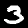
Label: 3